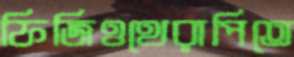
ফিজিওথেরাপিতে